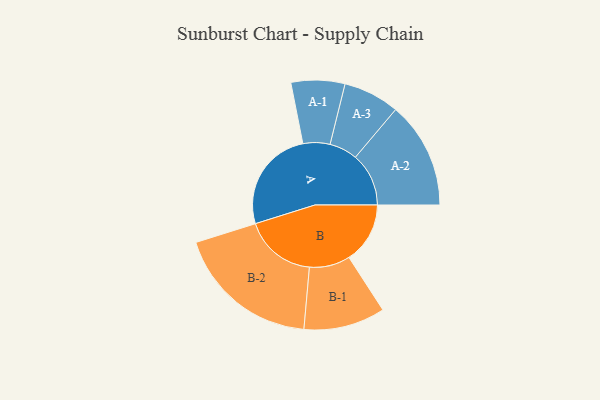
{"axis": {"x": "Segment", "y": "Value"}, "legend": ["", "A", "B"], "data": [{"x": "A", "y": 425, "type": ""}, {"x": "B", "y": 252, "type": ""}, {"x": "A-1", "y": 111, "type": "A"}, {"x": "A-2", "y": 220, "type": "A"}, {"x": "A-3", "y": 116, "type": "A"}, {"x": "B-1", "y": 168, "type": "B"}, {"x": "B-2", "y": 298, "type": "B"}]}